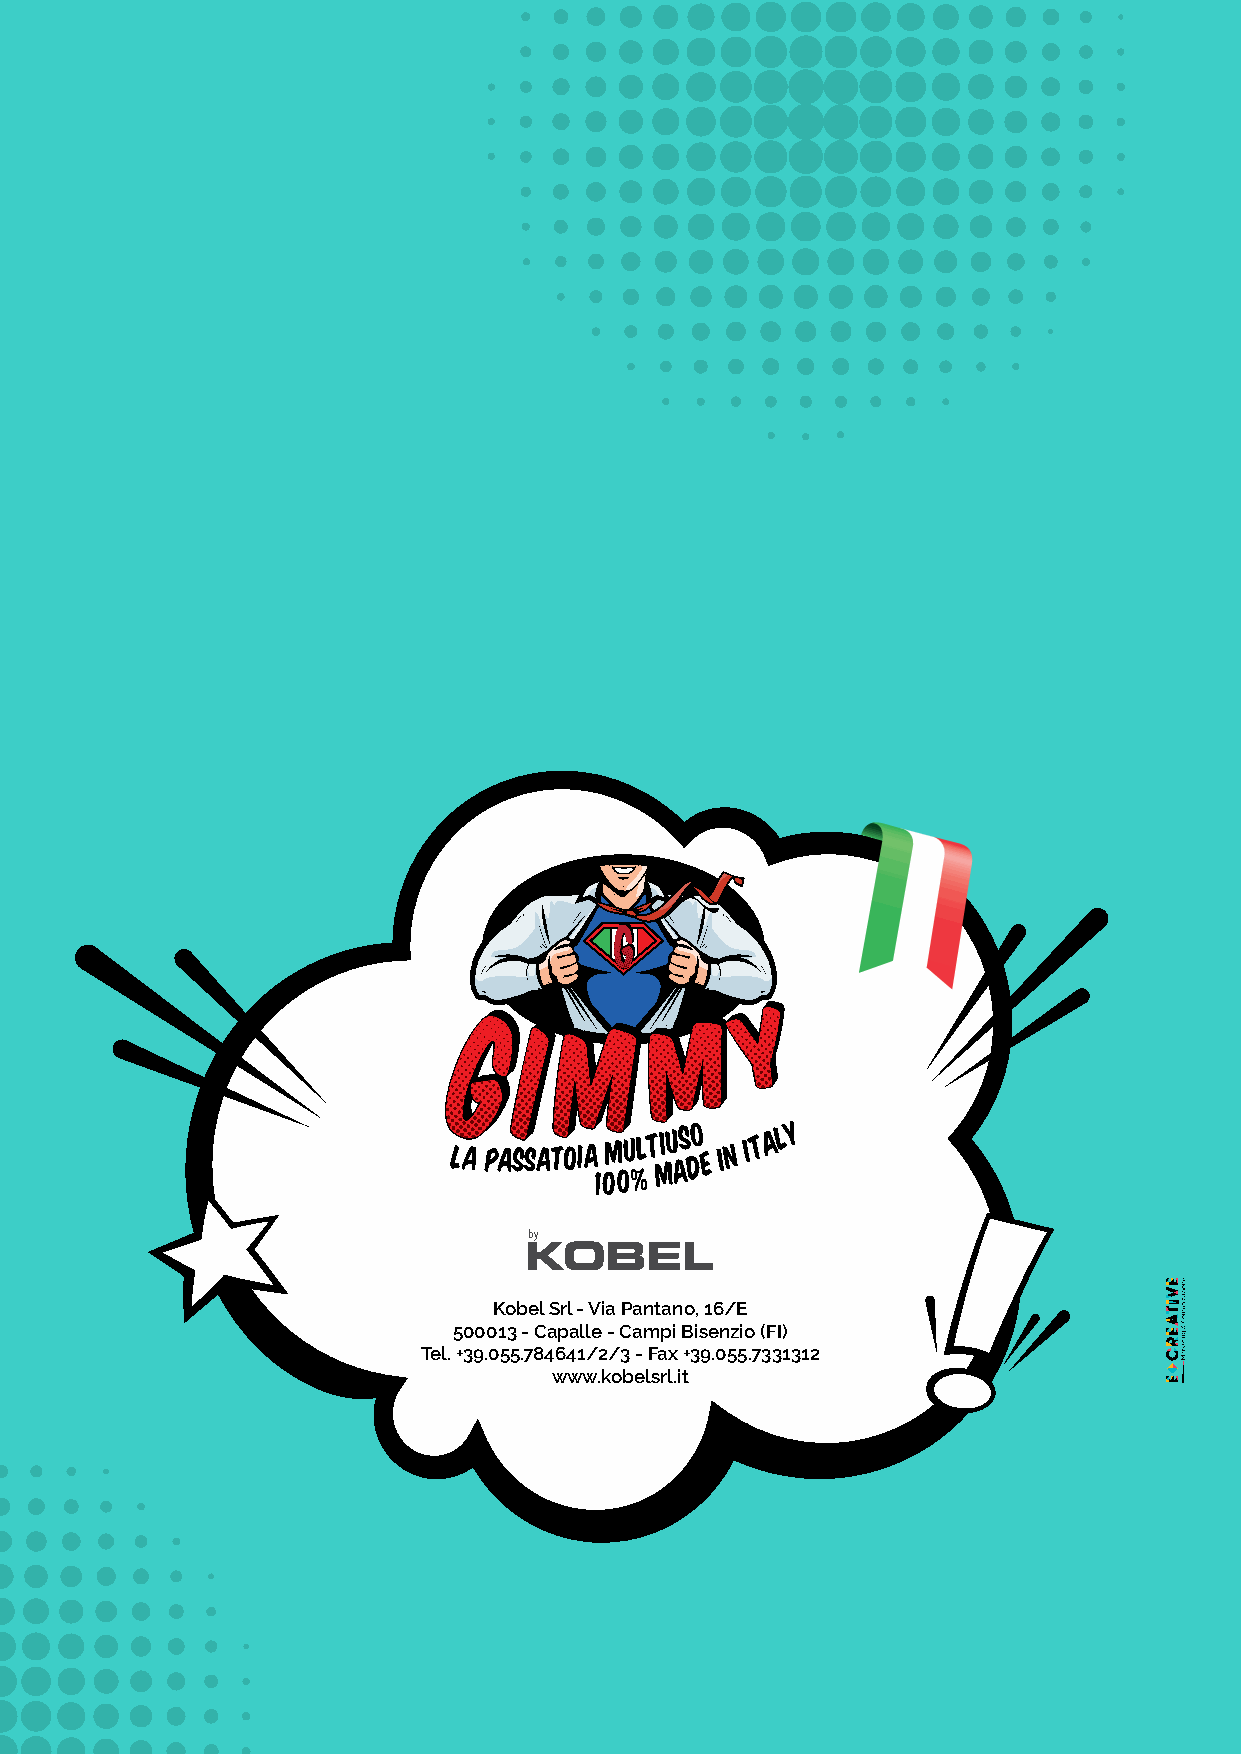
la passatoia
 1
 0m 0u %lt miu as do e in it a l y
 by
 srl
 Kobel Srl - Via Pantano, 16/E
 500013 - Capalle - Campi Bisenzio (FI)
 Tel. +39.055.784641/2/3 - Fax +39.055.7331312
 www.kobelsrl.it